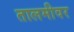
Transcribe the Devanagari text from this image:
तालमीवर